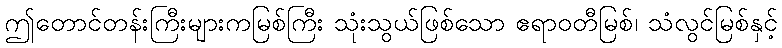
ဤတောင်တန်းကြီးများကမြစ်ကြီး သုံးသွယ်ဖြစ်သော ဧရာဝတီမြစ်၊ သံလွင်မြစ်နှင့်